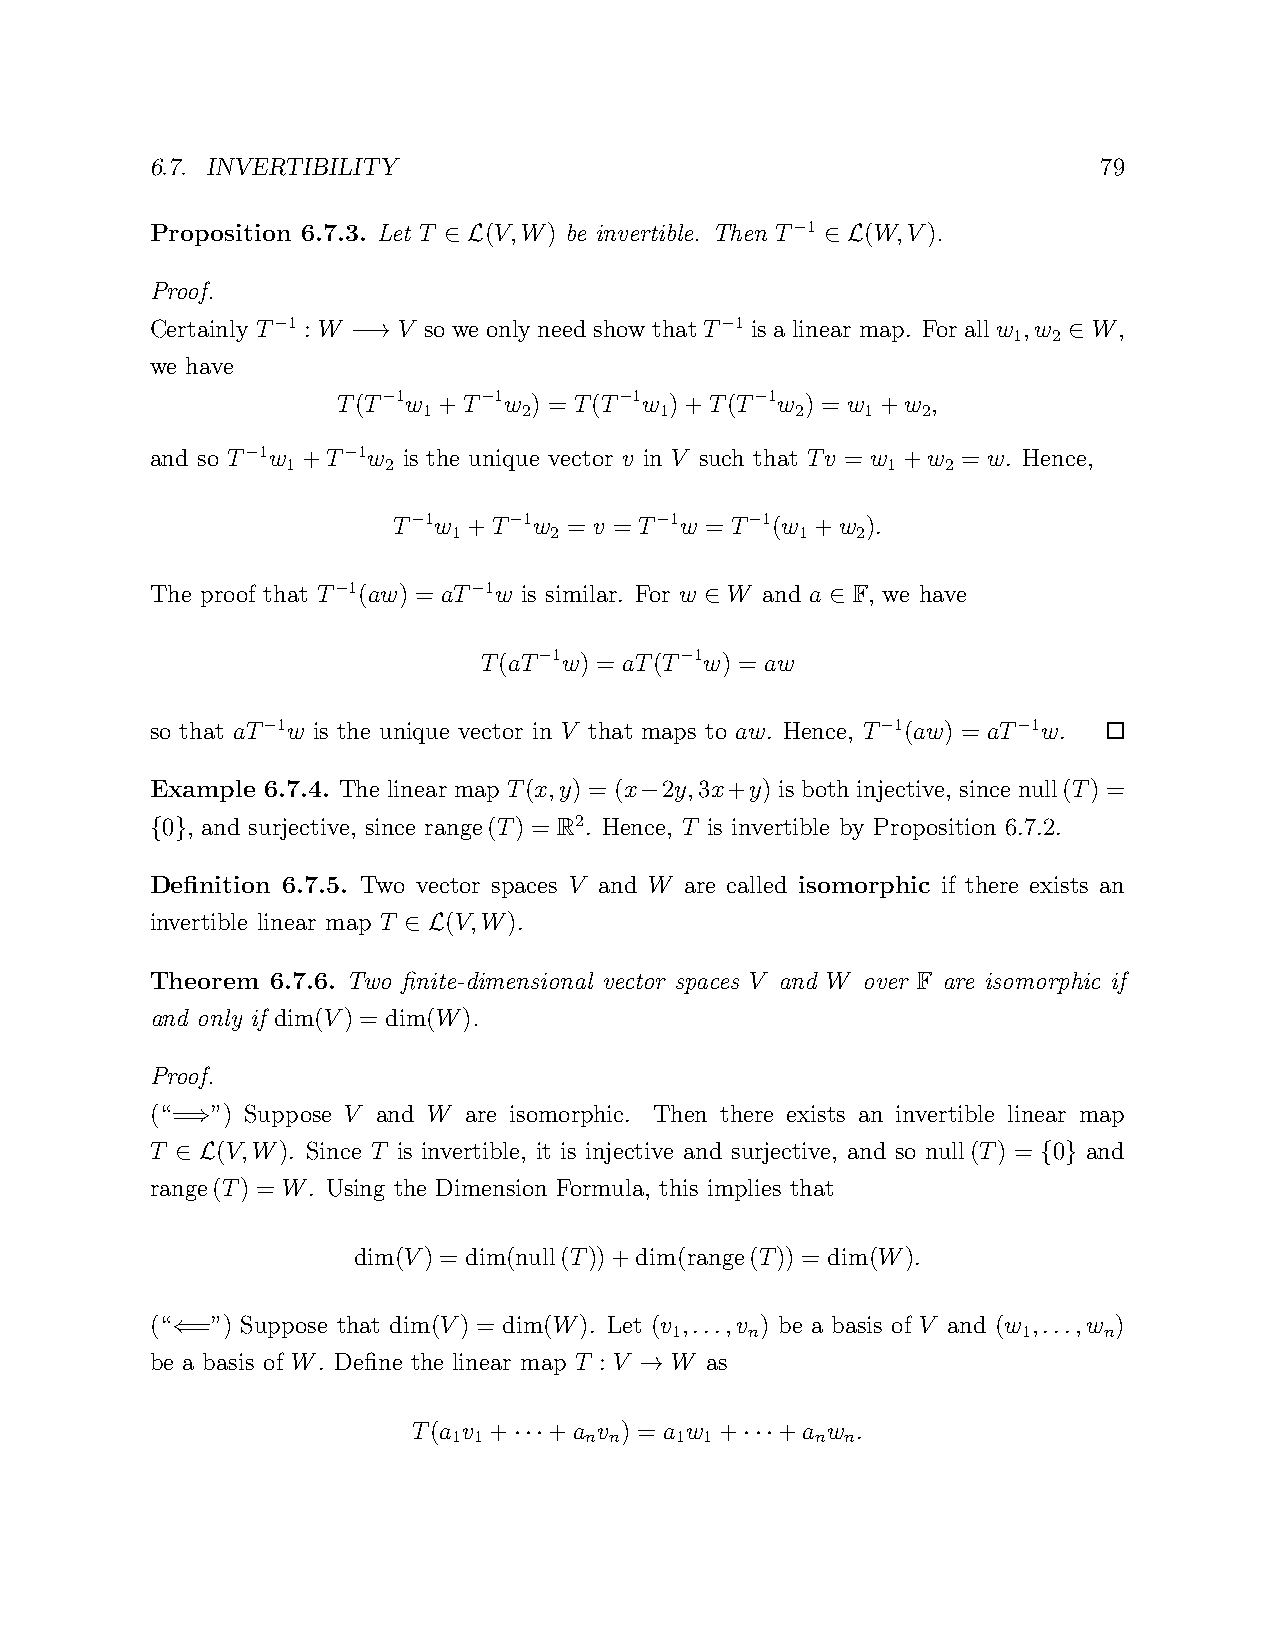
6.7. INVERTIBILITY                                             79
 Proposition 6.7.3. Let T (V,W) be invertible. Then T 1 (W,V).
 −
 ∈ L                       ∈ L
 Proof.
 Certainly T 1 : W V so we only need show that T 1 is a linear map. For all w ,w W,
 −                             −                  1  2
 −→                                              ∈
 we have
 T(T 1w +T  1w ) = T(T 1w )+T(T 1w ) = w +w ,
 −  1   −  2     −  1     −  2   1   2
 and so T 1w +T 1w is the unique vector v in V such that Tv = w +w = w. Hence,
 −  1   − 2                                 1   2
 T 1w +T  1w = v = T 1w = T 1(w +w ).
 −  1   − 2      −      −  1   2
 The proof that T 1(aw) = aT 1w is similar. For w W and a F, we have
 −        −
 ∈       ∈
 T(aT 1w) = aT(T 1w) = aw
 −        −
 so that aT 1w is the unique vector in V that maps to aw. Hence, T 1(aw) = aT 1w.
 −                                        −        −
 Example 6.7.4. The linear map T(x,y) = (x 2y,3x+y) is both injective, since null(T) =
 −
 0 , and surjective, since range(T) = R2. Hence, T is invertible by Proposition 6.7.2.
 { }
 Definition 6.7.5. Two vector spaces V and W are called isomorphic if there exists an
 invertible linear map T (V,W).
 ∈ L
 Theorem 6.7.6. Two finite-dimensional vector spaces V and W over F are isomorphic if
 and only if dim(V) = dim(W).
 Proof.
 (“= ”) Suppose V and W are isomorphic. Then there exists an invertible linear map
 ⇒
 T   (V,W). Since T is invertible, it is injective and surjective, and so null(T) = 0 and
 ∈ L                                                      { }
 range(T) = W. Using the Dimension Formula, this implies that
 dim(V) = dim(null(T))+dim(range(T)) = dim(W).
 (“ =”) Suppose that dim(V) = dim(W). Let (v ,...,v ) be a basis of V and (w ,...,w )
 1     n                 1    n
 ⇐
 be a basis of W. Define the linear map T : V W as
 →
 T(a v +  +a  v ) = a w + +a w .
 1 1      n n   1 1      n n
 ···            ···